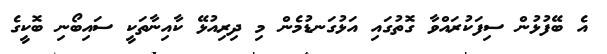
އެ ބޭފުޅުން ސިފަކުރައްވާ ގޮތުގައި އަޅުގަނޑުމެން މި ދިރިއުޅޭ ކާއިނާތަކީ ސައިބޯނި ބޮކީގެ